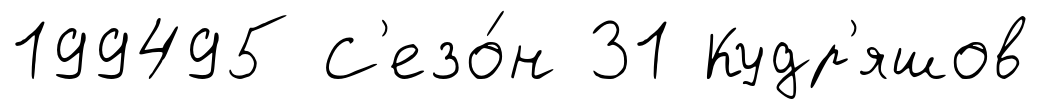
199495 С'езо́н 31 Кудр'яшов